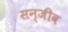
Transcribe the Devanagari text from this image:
सन्जीव